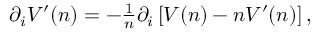
\begin{array} { r } { \partial _ { i } V ^ { \prime } ( n ) = - \frac { 1 } { n } \partial _ { i } \left[ V ( n ) - n V ^ { \prime } ( n ) \right] , } \end{array}